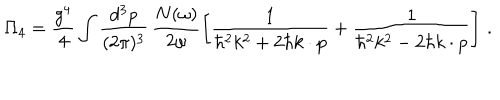
LaTeX: \Pi _ { 4 } = \frac { g ^ { 4 } } { 4 } \int \frac { d ^ { 3 } p } { ( 2 \pi ) ^ { 3 } } \, \frac { N ( \omega ) } { 2 \omega } \left[ \frac { 1 } { \hbar ^ { 2 } k ^ { 2 } + 2 \hbar k \cdot p } + \frac { 1 } { \hbar ^ { 2 } k ^ { 2 } - 2 \hbar k \cdot p } \right] \, .